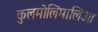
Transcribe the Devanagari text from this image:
कुलमोलिमालिआ